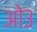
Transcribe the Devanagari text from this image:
ओ३